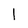
Character: I